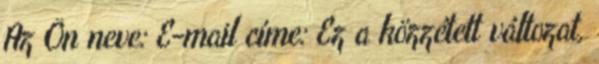
Az Ön neve: E-mail címe: Ez a közzétett változat,